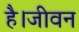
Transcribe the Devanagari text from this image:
है।जीवन